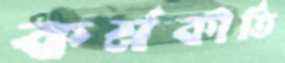
কর্মকীর্তি